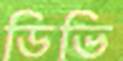
ডিভি